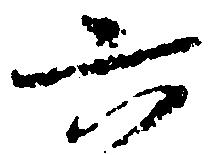
六